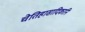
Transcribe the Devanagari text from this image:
चेतिहासादिकानि